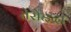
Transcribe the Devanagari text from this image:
तेसेइदा